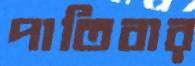
পাতিবার